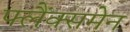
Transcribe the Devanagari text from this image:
फ्लैंक्समेन